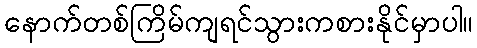
နောက်တစ်ကြိမ်ကျရင်သွားကစားနိုင်မှာပါ။